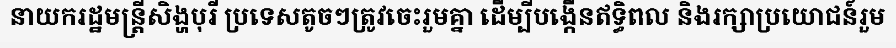
នាយករដ្ឋមន្ត្រីសិង្ហបុរី ប្រទេសតូចៗត្រូវចេះរួមគ្នា ដើម្បីបង្កើនឥទ្ធិពល និងរក្សាប្រយោជន៍រួម